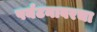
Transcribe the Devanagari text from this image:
पर्यटनावरचा